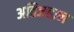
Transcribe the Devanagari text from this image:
अतिजहाल